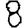
Digit: 8